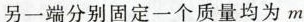
另一端分别固定一个质量均为m